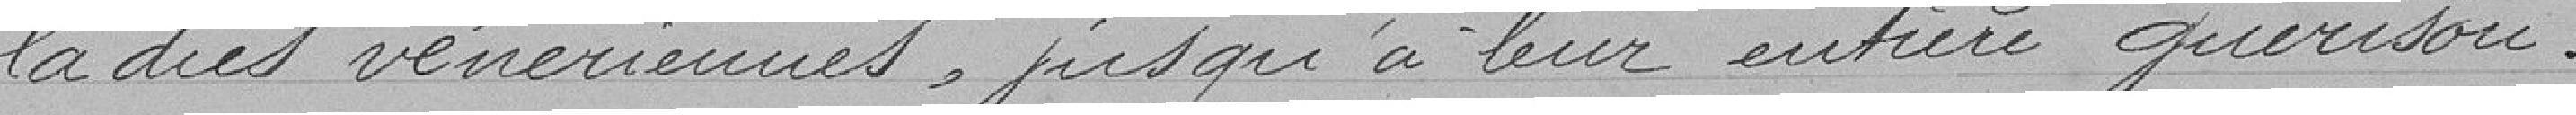
ladies vénériennes, jusqu'à leur entière guérison.